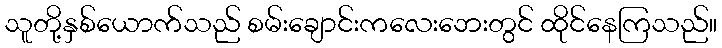
သူတို့နှစ်ယောက်သည် စမ်းချောင်းကလေးဘေးတွင် ထိုင်နေကြသည်။